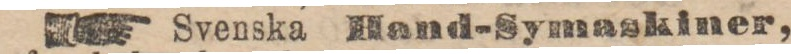
☛ Svenska Hand-Symaskiner,